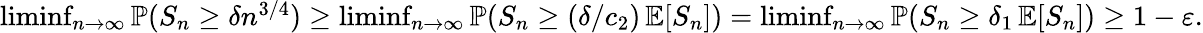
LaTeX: \begin{array}{r}{\operatorname*{liminf}_{n\to\infty}\operatorname{\mathbb{P}}(S_{n}\geq\delta n^{3/4})\geq\operatorname*{liminf}_{n\to\infty}\operatorname{\mathbb{P}}(S_{n}\geq(\delta/c_{2})\operatorname{\mathbb{E}}[S_{n}])=\operatorname*{liminf}_{n\to\infty}\operatorname{\mathbb{P}}(S_{n}\geq\delta_{1}\operatorname{\mathbb{E}}[S_{n}])\geq 1-\varepsilon.}\end{array}